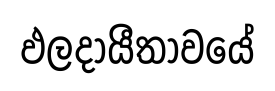
ඵලදායීතාවයේ